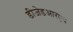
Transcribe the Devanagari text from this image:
डीजेडआरएच